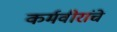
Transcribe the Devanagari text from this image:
कर्मवीरांचे